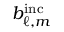
b _ { \ell , m } ^ { \mathrm { i n c } }